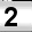
Digit: 2